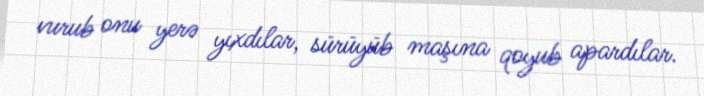
vurub onu yerə yıxdılar, sürüyüb maşına qoyub apardılar.